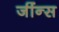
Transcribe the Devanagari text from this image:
जींन्स